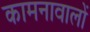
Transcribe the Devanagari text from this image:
कामनावालों